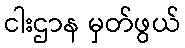
ငါးဌာန မှတ်ဖွယ်